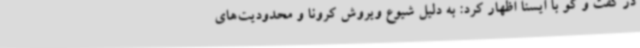
در گفت و گو با ایسنا اظهار کرد: به دلیل شیوع ویروش کرونا و محدودیت‌های